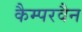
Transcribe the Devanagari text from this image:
कैम्परवैन